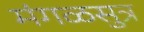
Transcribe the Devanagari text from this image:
मंगळसुत्र